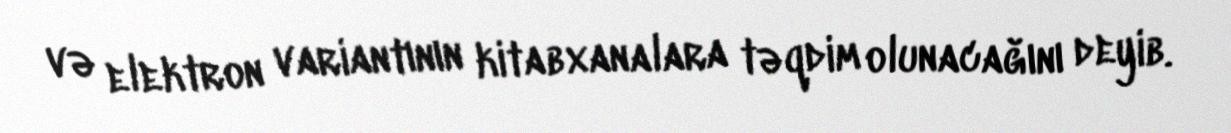
və elektron variantının kitabxanalara təqdim olunacağını deyib.